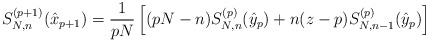
\begin{align*} S_{N,n}^{(p+1)}(\hat{x}_{p+1})=\frac{1}{pN}\left[(pN-n)S_{N,n}^{(p)}(\hat{y}_p)+n(z-p)S_{N,n-1}^{(p)}(\hat{y}_p)\right]\end{align*}